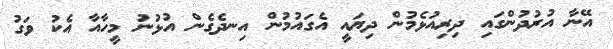
އޭނާ އުރުދުންގައި ދިރިއުޅެމުން ދިޔައީ އެގައުމުން އިނދެގެން އުޅުނު މީހާއާ އެކު ވަގު